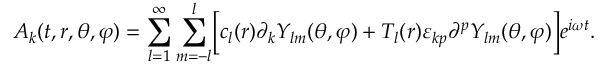
A _ { k } ( t , r , \theta , \varphi ) = \sum _ { l = 1 } ^ { \infty } \sum _ { m = - l } ^ { l } \Bigr [ c _ { l } ( r ) \partial _ { k } Y _ { l m } ( \theta , \varphi ) + T _ { l } ( r ) \varepsilon _ { k p } \partial ^ { p } Y _ { l m } ( \theta , \varphi ) \Bigr ] e ^ { i \omega t } .